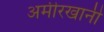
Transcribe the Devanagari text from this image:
अमीरखानी